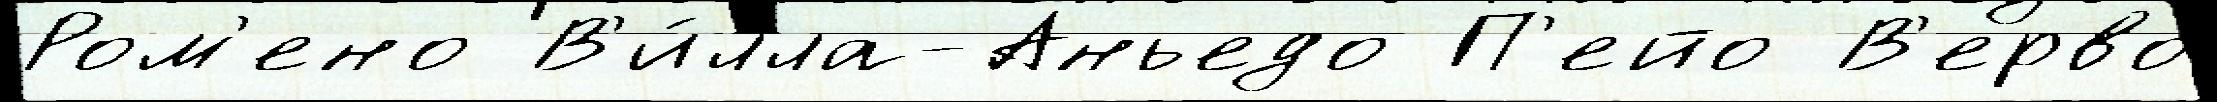
Ром'ено В'и́лла-Аньедо П'ейо В'ерво